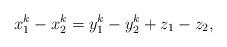
LaTeX: \begin{align*}x_1^k-x_2^k=y_1^k-y_2^k+z_1-z_2,\end{align*}